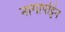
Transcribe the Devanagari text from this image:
नागापट्टिन